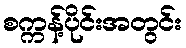
စက္ကန့်ပိုင်းအတွင်း